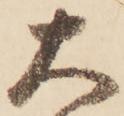
大